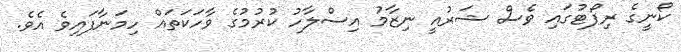
ކޯނީގެ ރިޕޯޓުގައި ވެސް ޝަރުއީ ނިޒާމު އިސްލާހު ކުރުމުގެ ވާހަކަތައް ހިމަނާފައިވެ އެވެ.